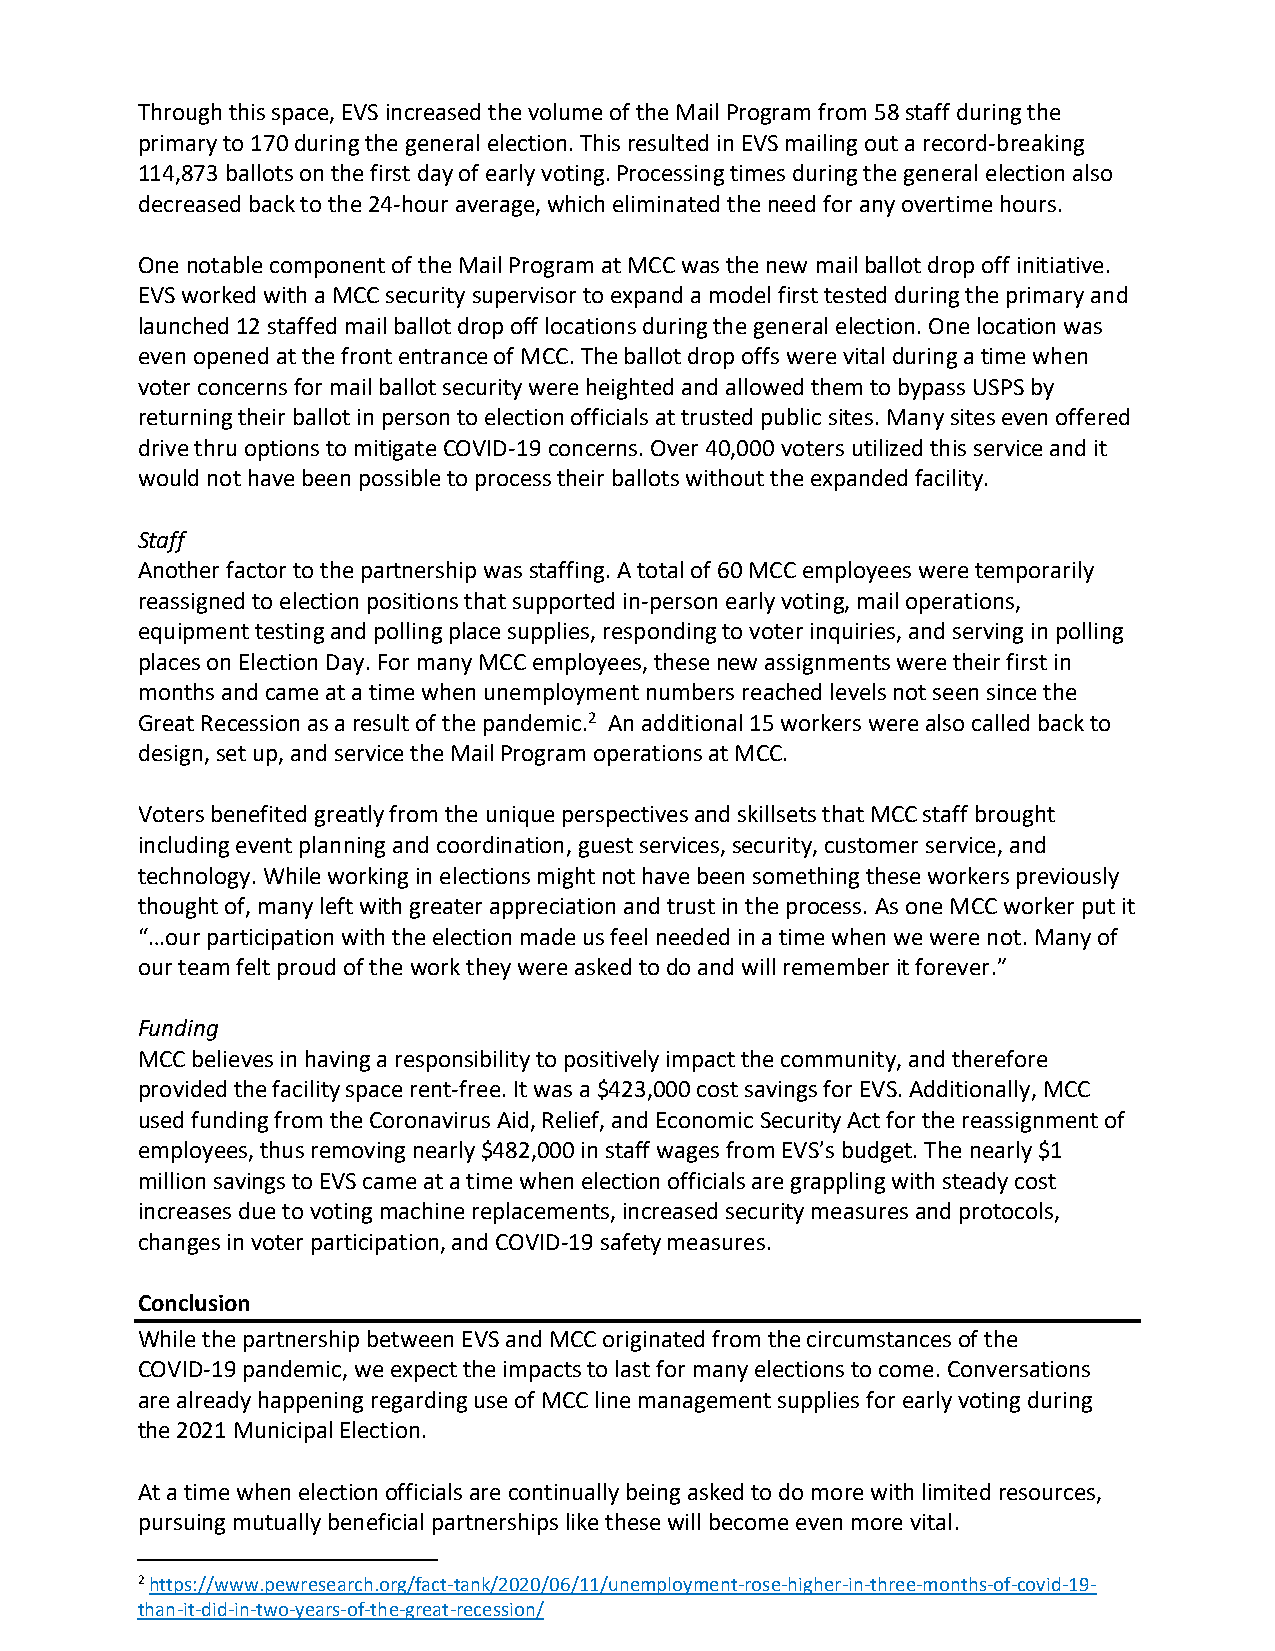
Through this space, EVS increased the volume of the Mail Program from 58 staff during the
 primary to 170 during the general election. This resulted in EVS mailing out a record-breaking
 114,873 ballots on the first day of early voting. Processing times during the general election also
 decreased back to the 24-hour average, which eliminated the need for any overtime hours.
 One notable component of the Mail Program at MCC was the new mail ballot drop off initiative.
 EVS worked with a MCC security supervisor to expand a model first tested during the primary and
 launched 12 staffed mail ballot drop off locations during the general election. One location was
 even opened at the front entrance of MCC. The ballot drop offs were vital during a time when
 voter concerns for mail ballot security were heighted and allowed them to bypass USPS by
 returning their ballot in person to election officials at trusted public sites. Many sites even offered
 drive thru options to mitigate COVID-19 concerns. Over 40,000 voters utilized this service and it
 would not have been possible to process their ballots without the expanded facility.
 Staff
 Another factor to the partnership was staffing. A total of 60 MCC employees were temporarily
 reassigned to election positions that supported in-person early voting, mail operations,
 equipment testing and polling place supplies, responding to voter inquiries, and serving in polling
 places on Election Day. For many MCC employees, these new assignments were their first in
 months and came at a time when unemployment numbers reached levels not seen since the
 Great Recession as a result of the pandemic.2 An additional 15 workers were also called back to
 design, set up, and service the Mail Program operations at MCC.
 Voters benefited greatly from the unique perspectives and skillsets that MCC staff brought
 including event planning and coordination, guest services, security, customer service, and
 technology. While working in elections might not have been something these workers previously
 thought of, many left with greater appreciation and trust in the process. As one MCC worker put it
 “…our participation with the election made us feel needed in a time when we were not. Many of
 our team felt proud of the work they were asked to do and will remember it forever.”
 Funding
 MCC believes in having a responsibility to positively impact the community, and therefore
 provided the facility space rent-free. It was a $423,000 cost savings for EVS. Additionally, MCC
 used funding from the Coronavirus Aid, Relief, and Economic Security Act for the reassignment of
 employees, thus removing nearly $482,000 in staff wages from EVS’s budget. The nearly $1
 million savings to EVS came at a time when election officials are grappling with steady cost
 increases due to voting machine replacements, increased security measures and protocols,
 changes in voter participation, and COVID-19 safety measures.
 Conclusion
 While the partnership between EVS and MCC originated from the circumstances of the
 COVID-19 pandemic, we expect the impacts to last for many elections to come. Conversations
 are already happening regarding use of MCC line management supplies for early voting during
 the 2021 Municipal Election.
 At a time when election officials are continually being asked to do more with limited resources,
 pursuing mutually beneficial partnerships like these will become even more vital.
 2 https://www.pewresearch.org/fact-tank/2020/06/11/unemployment-rose-higher-in-three-months-of-covid-19-
 than-it-did-in-two-years-of-the-great-recession/